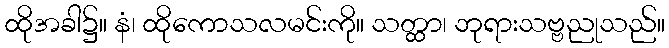
ထိုအခါ၌။ နံ၊ ထိုကောသလမင်းကို။ သတ္ထာ၊ ဘုရားသဗ္ဗညုသည်။